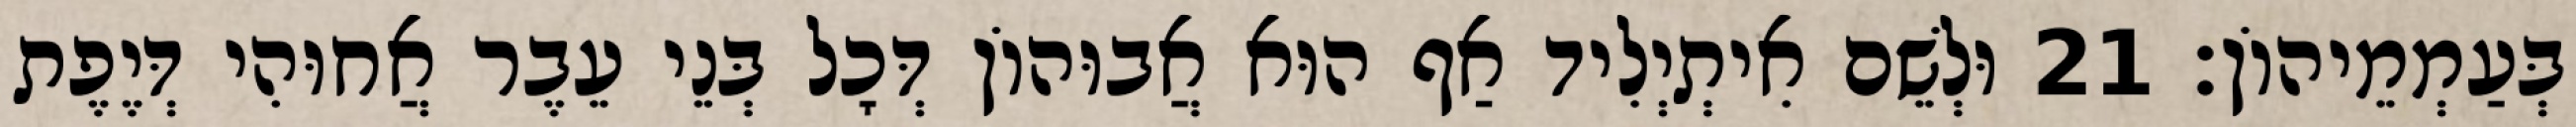
בְּעַמְמֵיהוֹן׃ 21 וּלְשֵׁם אִיתְיְלִיד אַף הוּא אֲבוּהוֹן דְּכָל בְּנֵי עֵבֶר אֲחוּהִי דְּיֶפֶת